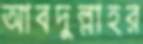
আবদুল্লাহর